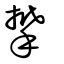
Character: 𡴂